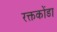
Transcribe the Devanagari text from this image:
रक्तकोंडा